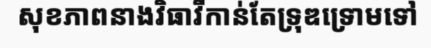
សុខភាពនាងវិធាវីកាន់តែទ្រុឌទ្រោមទៅ